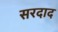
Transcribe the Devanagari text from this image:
सरदाद